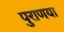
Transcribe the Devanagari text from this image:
पुराणया